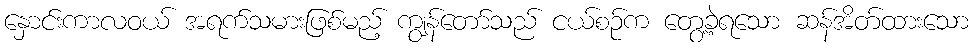
နှောင်းကာလဝယ် အရက်သမားဖြစ်မည့် ကျွန်တော်သည် ငယ်စဉ်က တွေ့ခဲ့ရသော ဆန်အိတ်ထားသော